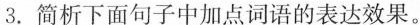
3.简析下面句子中加点词语的表达效果。